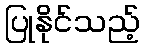
ပြုနိုင်သည့်